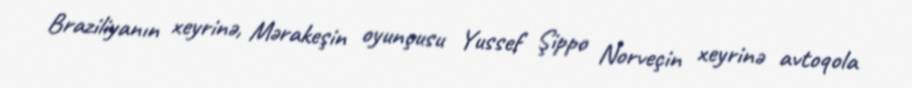
Braziliyanın xeyrinə, Mərakeşin oyunçusu Yussef Şippo Norveçin xeyrinə avtoqola